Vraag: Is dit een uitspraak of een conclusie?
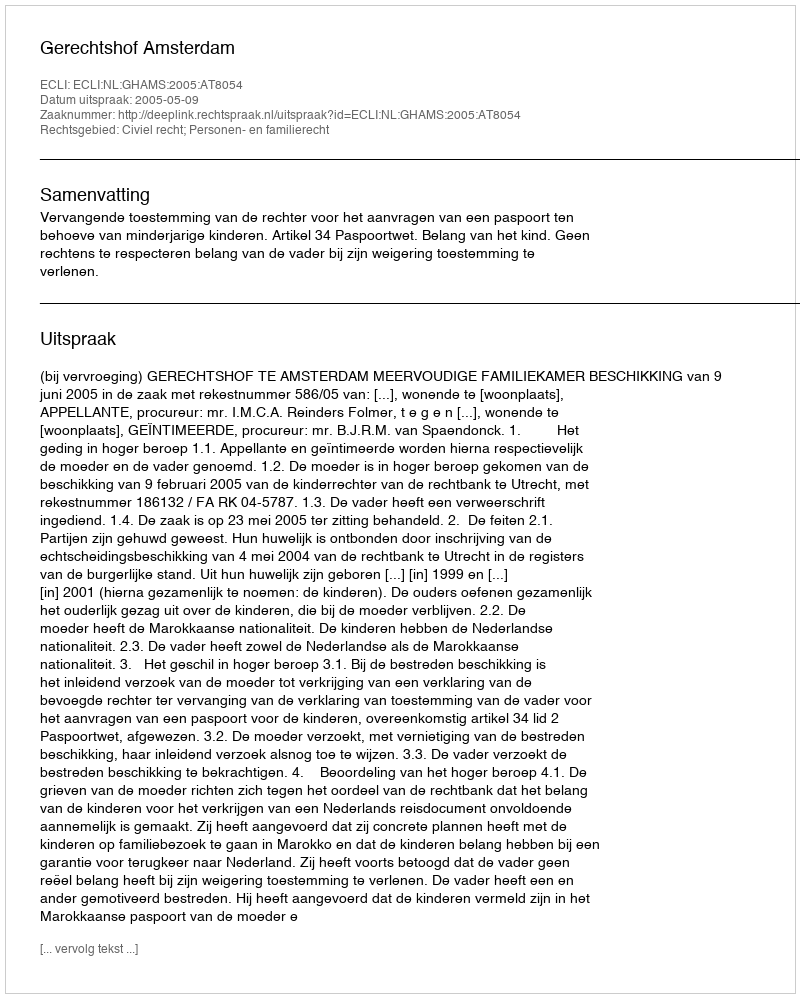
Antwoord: Uitspraak